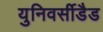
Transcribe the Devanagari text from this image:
युनिवर्सीडैड